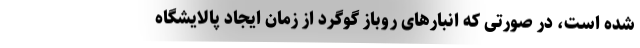
شده است، در صورتی که انبارهای روباز گوگرد از زمان ایجاد پالایشگاه